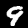
Digit: 9